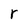
Character: r